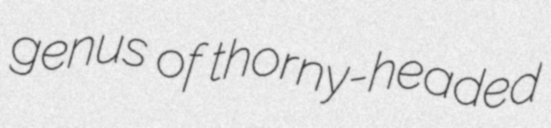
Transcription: genus of thorny-headed